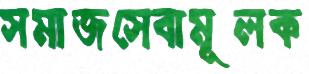
সমাজসেবামূলক